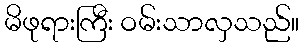
မိဖုရားကြီး ဝမ်းသာလှသည်။